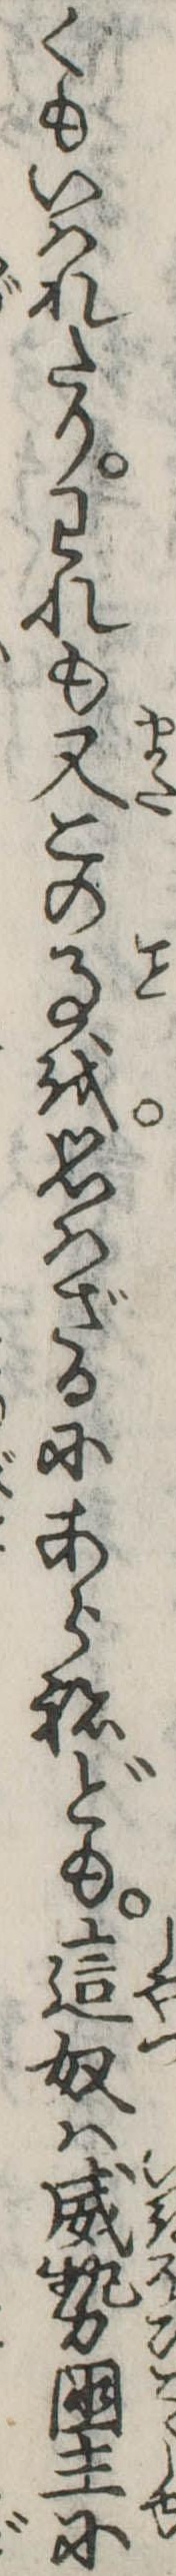
くもいはれたりわれも又この事を思はざるにあらねども這奴は威勢国主に